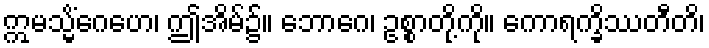
ဣမသ္မိံဂေဟေ၊ ဤအိမ်၌။ ဘောဂေ၊ ဥစ္စာတို့ကို။ ကောရက္ခိဿတီတိ၊